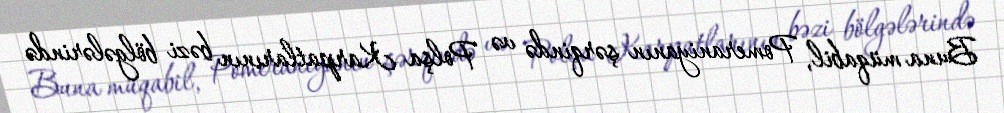
Buna müqabil, Pomeraniyanın şərqində və Polşa Karpatlarının bəzi bölgələrində